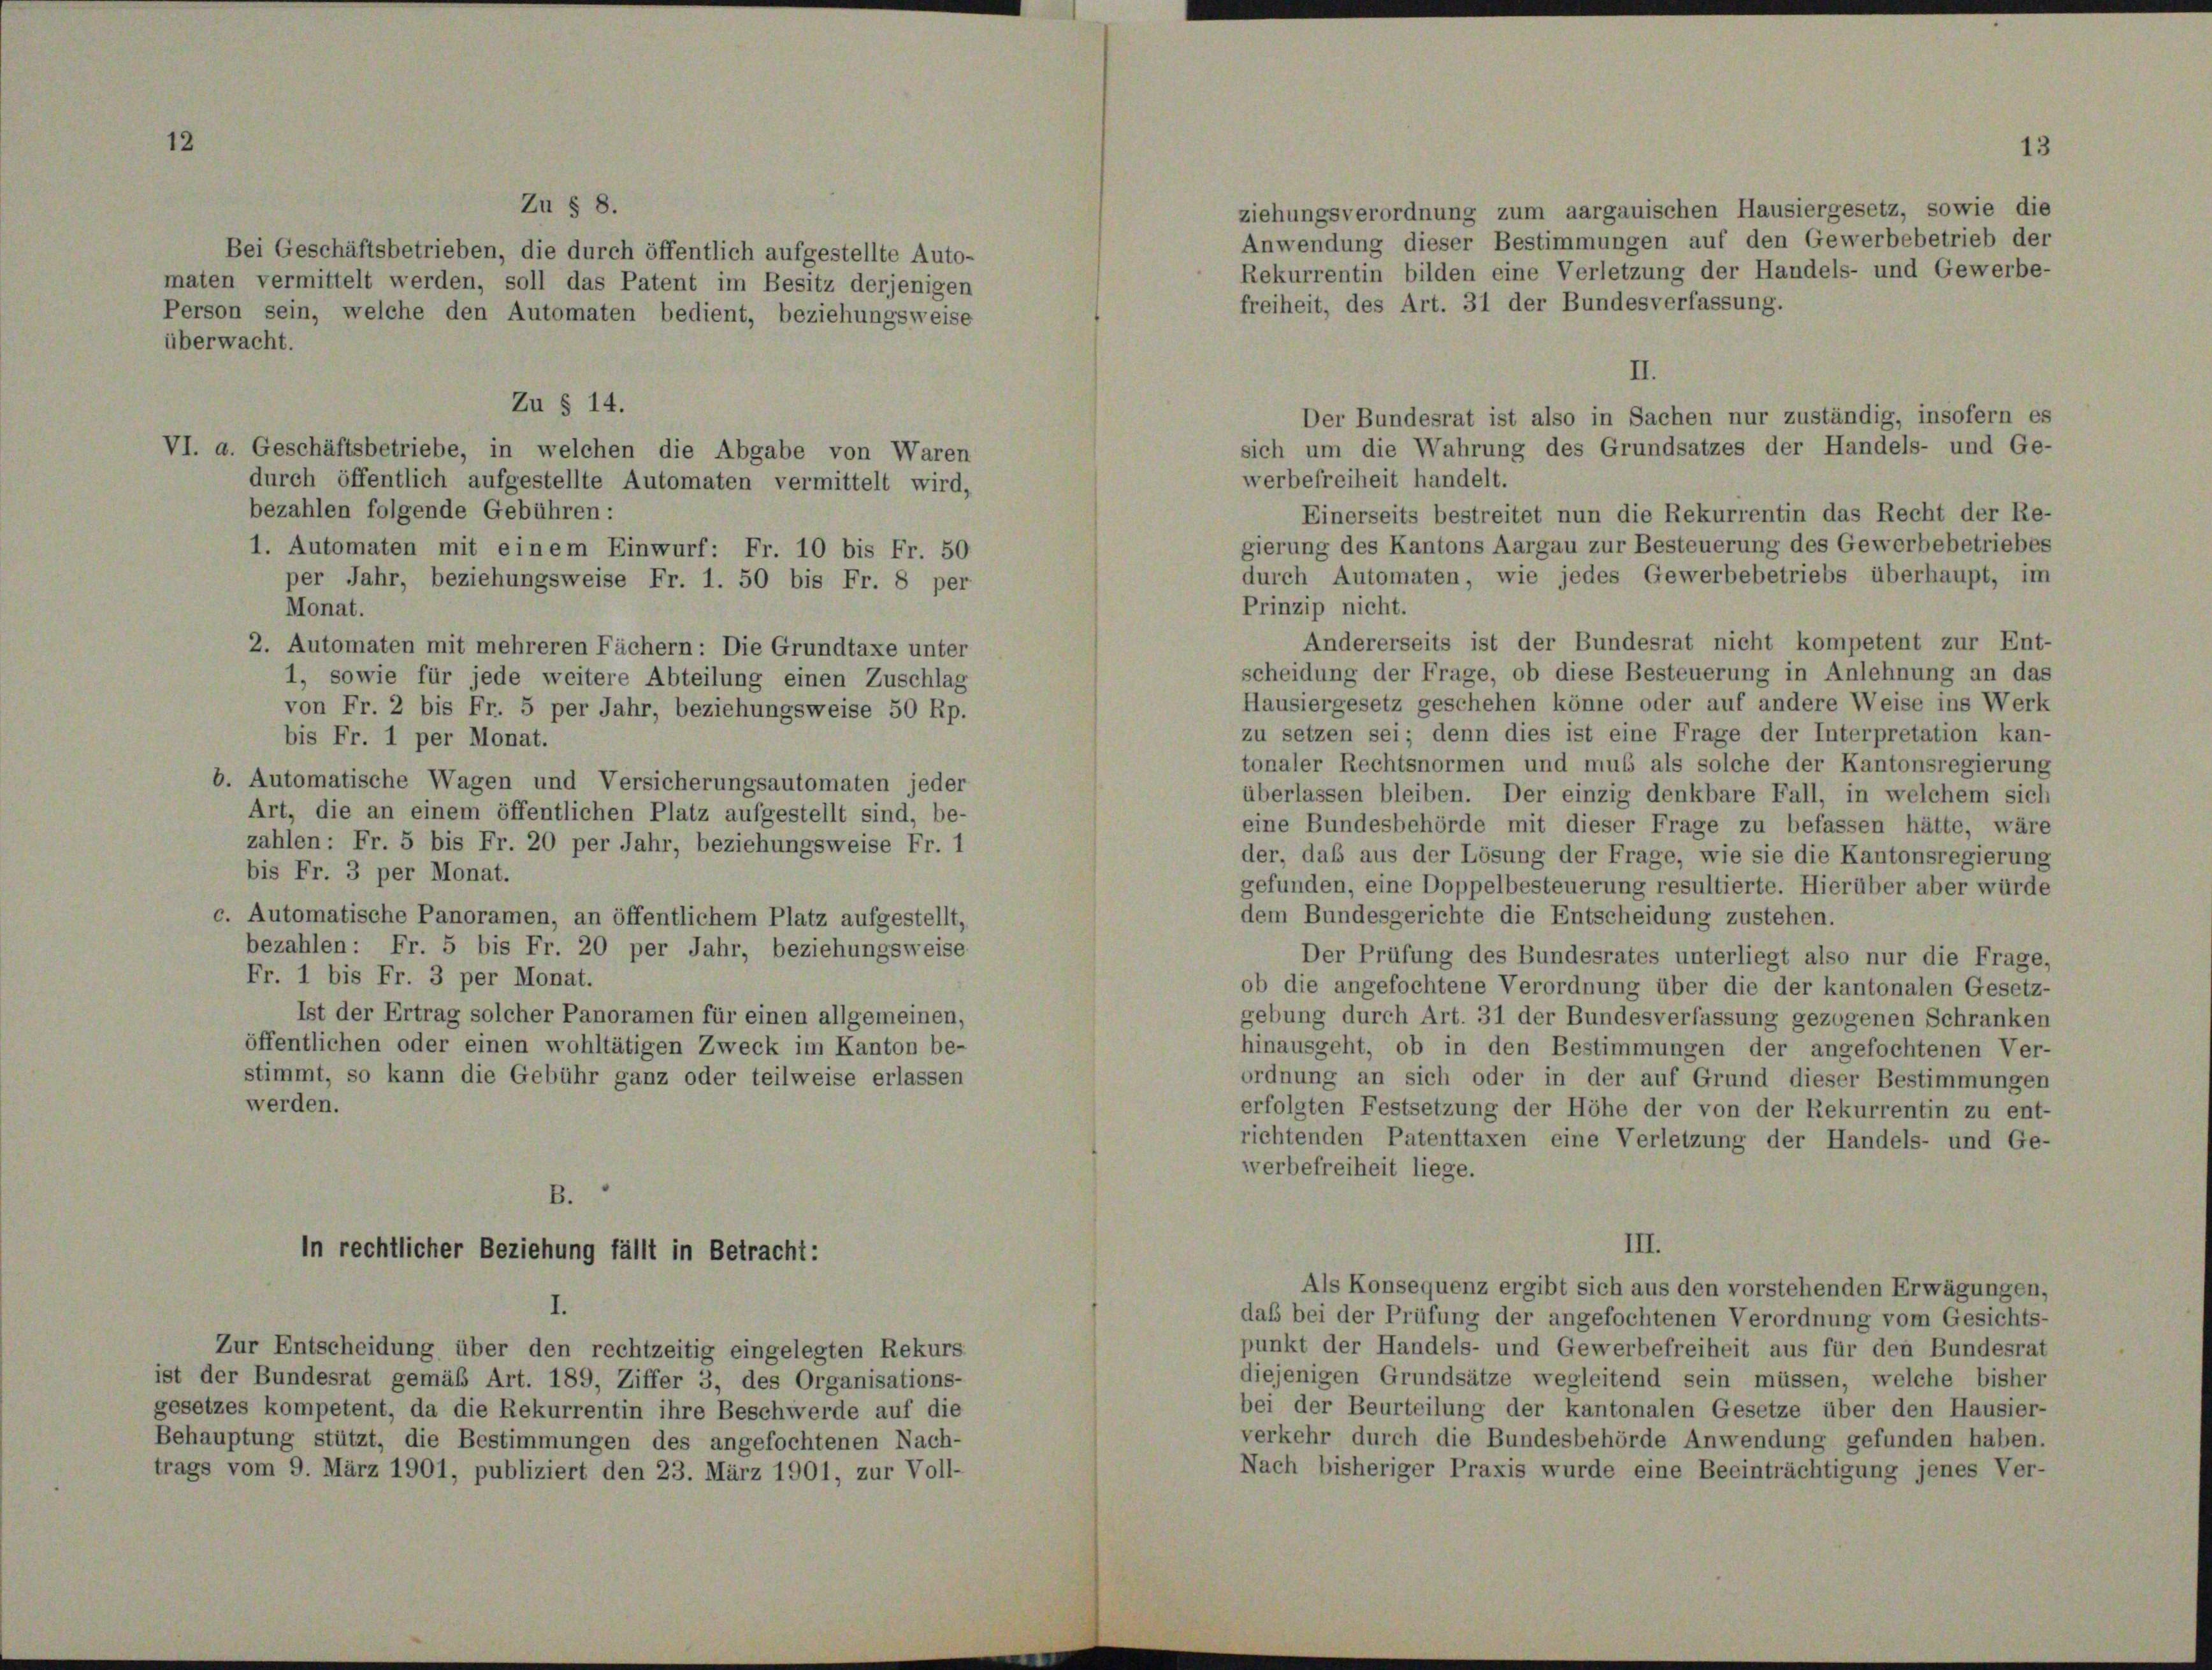
Bei Geschäftsbetrieben, die durch öffentlich aufgestellte Auto-
maten vermittelt werden, soll das Patent im Besitz derjenigen
Person sein, welche den Automaten bedient, beziehungsweise
überwacht.

Anwendung dieser Bestimmungen auf den Gewerbebetrieb der
Rekurrentin bilden eine Verletzung der Handels- und Gewerbe-
freiheit, des Art. 31 der Bundesverfassung.
II.
Der Bundesrat ist also in Sachen nur zuständig, insofern es
sich um die Wahrung des Grundsatzes der Handels- und Ge-
VI. a. Geschäftsbetriebe, in welchen die Abgabe von Waren
werbefreiheit handelt.
durch öffentlich aufgestellte Automaten vermittelt wird,
bezahlen folgende Gebühren:
Einerseits bestreitet nun die Rekurrentin das Recht der Re-
gierung des Kantons Aargau zur Besteuerung des Gewerbebetriebes
1. Automaten mit einem Einwurf: Fr. 10 bis Fr. 50
durch Automaten, wie jedes Gewerbebetriebs überhaupt, im
per Jahr, beziehungsweise Fr. 1. 50 bis Fr. 8 per
Prinzip nicht.
Monat.
Andererseits ist der Bundesrat nicht kompetent zur Ent-
2. Automaten mit mehreren Fächern: Die Grundtaxe unter
scheidung der Frage, ob diese Besteuerung in Anlehnung an das
1, sowie für jede weitere Abteilung einen Zuschlag
Hausiergesetz geschehen könne oder auf andere Weise ins Werk
von Fr. 2 bis Fr. 5 per Jahr, beziehungsweise 50 Rp.
zu setzen sei; denn dies ist eine Frage der Interpretation kan-
bis Fr. 1 per Monat.
tonaler Rechtsnormen und mus als solche der Kantonsregierung
b. Automatische Wagen und Versicherungsautomaten jeder
überlassen bleiben. Der einzig denkbare Fall, in welchem sich
Art, die an einem öffentlichen Platz aufgestellt sind, be-
eine Bundesbehörde mit dieser Frage zu befassen hätte, wäre
zahlen: Fr. 5 bis Fr. 20 per Jahr, beziehungsweise Fr. 1
der, daß aus der Lösung der Frage, wie sie die Kantonsregierung
bis Fr. 3 per Monat.
gefunden, eine Doppelbesteuerung resultierte. Hierüber aber würde
dem Bundesgerichte die Entscheidung zustehen.
c. Automatische Panoramen, an öffentlichem Platz aufgestellt,
bezahlen: Fr. 5 bis Fr. 20 per Jahr, beziehungsweise
Der Prüfung des Bundesrates unterliegt also nur die Frage
Fr. 1 bis Fr. 3 per Monat.
ob die angefochtene Verordnung über die der kantonalen Gesetz-
Ist der Ertrag solcher Panoramen für einen allgemeinen,
gebung durch Art. 31 der Bundesverfassung gezogenen Schranken
öffentlichen oder einen wohltätigen Zweck im Kanton be-
hinausgeht, ob in den Bestimmungen der angefochtenen Ver-
stimmt, so kann die Gebühr ganz oder teilweise erlassen
ordnung an sich oder in der auf Grund dieser Bestimmungen
werden.
erfolgten Festsetzung der Höhe der von der Rekurrentin zu ent-
richtenden Patenttaxen eine Verletzung der Handels- und Ge-
werbefreiheit liege.
B.
III.
In rechtlicher Beziehung fällt in Betracht:
Als Konsequenz ergibt sich aus den vorstehenden Erwägungen,
I.
daß bei der Prüfung der angefochtenen Verordnung vom Gesichts-
punkt der Handels- und Gewerbefreiheit aus für den Bundesrat
Zur Entscheidung über den rechtzeitig eingelegten Rekurs
diejenigen Grundsätze wegleitend sein müssen, welche bisher
ist der Bundesrat gemäß Art. 189, Ziffer 3, des Organisations-
bei der Beurteilung der kantonalen Gesetze über den Hausier-
gesetzes kompetent, da die Rekurrentin ihre Beschwerde auf die
verkehr durch die Bundesbehörde Anwendung gefunden haben.
Behauptung stützt, die Bestimmungen des angefochtenen Nach-
Nach bisheriger Praxis wurde eine Beeinträchtigung jenes Ver-
trags vom 9. März 1901, publiziert den 23. März 1901, zur Voll-

Zu § 8.

Zu § 14.

ziehungsverordnung zum aargauischen Hausiergesetz, sowie die

13